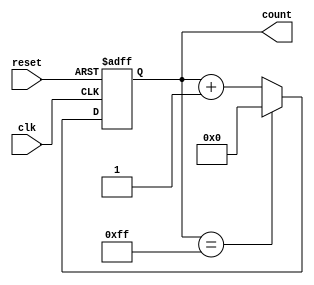
module counter(
    input clk,
    input reset,
    output reg [7:0] count
);

parameter COUNTER_SIZE = 8;

always @(posedge clk or posedge reset) begin
    if (reset) begin
        count <= 8'b0;
    end else begin
        if (count == (2**COUNTER_SIZE)-1) begin
            count <= 8'b0;
        end else begin
            count <= count + 1;
        end
    end
end

endmodule